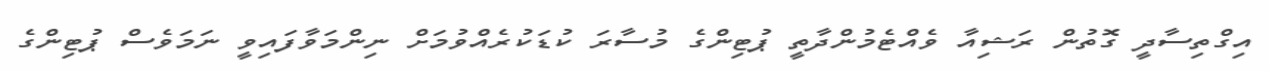
އިގްތިސާދީ ގޮތުން ރަޝިއާ ވެއްޓެމުންދާތީ ޕުޓިންގެ މުސާރަ ކުޑަކުރެއްވުމަށް ނިންމަވާފައިވީ ނަމަވެސް ޕުޓިންގެ